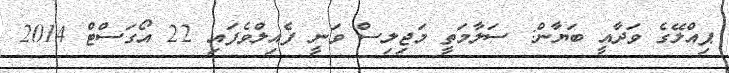
ޕިއްލޭގެ ވަދާއީ ބަޔާން: ސަލާމަތީ މަޖިލިސް ވަނީ ފެއިލްވެފައި 22 އޯގަސްޓް 2014